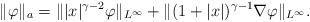
LaTeX: \begin{align*}\|\varphi\|_a=\| |x|^{\gamma-2} \varphi\|_{L^\infty} + \|(1+|x|)^{\gamma-1} \nabla \varphi\|_{L^\infty} .\end{align*}